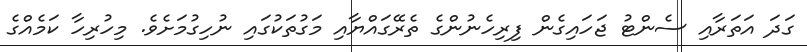
ގަދަ އަތަރާއި ސެންޓު ޖަހައިގެން ފިރިހެނުންގެ ތެރޭގައްޔާއި މަގުތަކުގައި ނުހިގުމަށެވެ. މިހުރިހާ ކަމެއްގެ